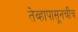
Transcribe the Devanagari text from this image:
तेव्हापासूनचीच